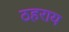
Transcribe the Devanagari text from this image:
ठहराय